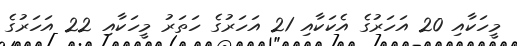
މީހަކާއި 20 އަހަރުގެ އެކަކާއި 21 އަހަރުގެ ހަތަރު މީހަކާއި 22 އަހަރުގެ